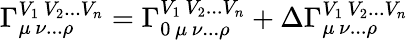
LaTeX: \Gamma_{\mu\, \nu...\rho}^{V_{1}\, V_{2}...V_{n}}=\Gamma_{0\, \mu\, \nu...\rho}^{V_{1}\, V_{2}...V_{n}}+\Delta\Gamma_{\mu\, \nu...\rho}^{V_{1}\, V_{2}...V_{n}}